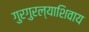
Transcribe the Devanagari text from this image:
गुरगुरल्याशिवाय